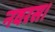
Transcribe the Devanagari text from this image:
नवरस।